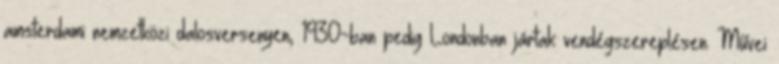
amsterdami nemzetközi dalosversenyen, 1930-ban pedig Londonban jártak vendégszereplésen. Művei